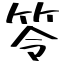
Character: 笭